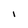
Character: I